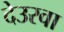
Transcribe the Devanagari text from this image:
देउरवा